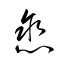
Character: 戀